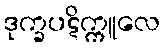
ဒုက္ခပဋိက္ကူလေ